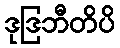
ဒုဒြဘီတိပိ